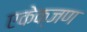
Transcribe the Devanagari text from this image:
एकेक्जण